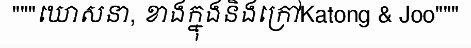
"""ឃោសនា, ខាងក្នុងនិងក្រៅKatong & Joo"""